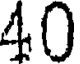
40